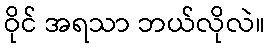
ဝိုင် အရသာ ဘယ်လိုလဲ။